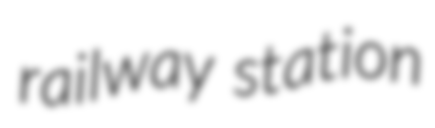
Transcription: railway station